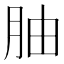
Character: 𫆚